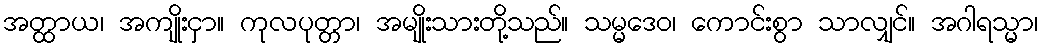
အတ္ထာယ၊ အကျိုးငှာ။ ကုလပုတ္တာ၊ အမျိုးသားတို့သည်။ သမ္မဒေဝ၊ ကောင်းစွာ သာလျှင်။ အဂါရသ္မာ၊